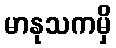
မာနုသကမှိ